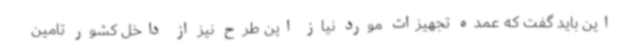
این باید گفت که عمده تجهیزات مورد نیاز این طرح نیز از داخل کشور تامین